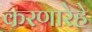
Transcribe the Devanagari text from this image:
करणारेहे